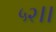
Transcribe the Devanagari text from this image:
५२।।